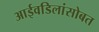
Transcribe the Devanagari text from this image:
आईवडिलांसोबत